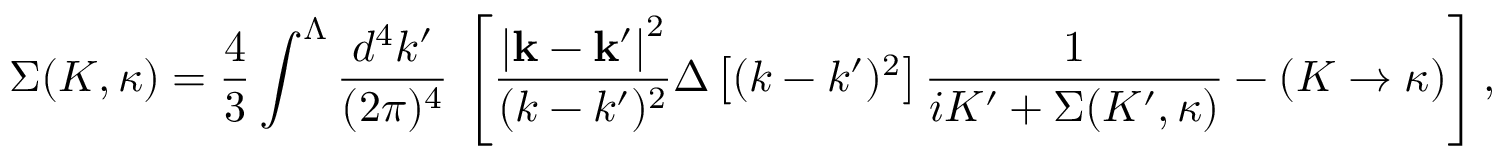
\Sigma ( K , \kappa ) = \frac { 4 } { 3 } \int ^ { \Lambda } \frac { d ^ { 4 } k ^ { \prime } } { ( 2 \pi ) ^ { 4 } } \, \left[ \frac { \left| { \bf k } - { \bf k } ^ { \prime } \right| ^ { 2 } } { ( k - k ^ { \prime } ) ^ { 2 } } \Delta \left[ ( k - k ^ { \prime } ) ^ { 2 } \right] \frac { 1 } { i K ^ { \prime } + \Sigma ( K ^ { \prime } , \kappa ) } - ( K \rightarrow \kappa ) \right] ,